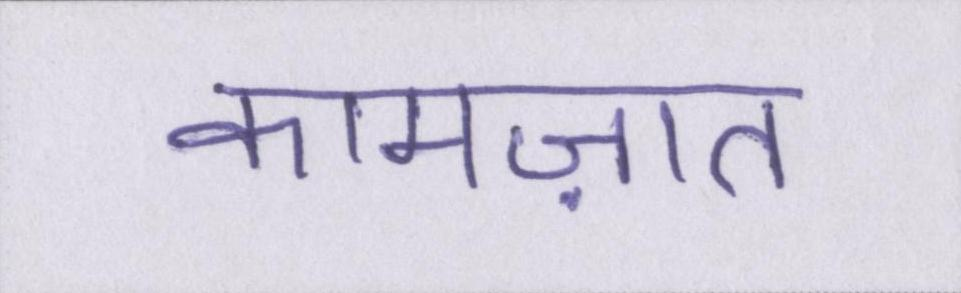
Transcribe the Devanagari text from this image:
कामज़ात